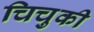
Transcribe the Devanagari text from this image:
चिचुकी